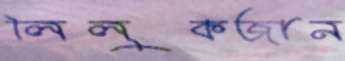
লিলুকজান